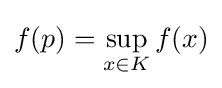
f(p)=\sup _{x\in K}f(x)